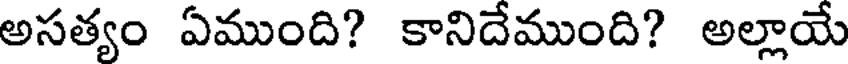
అసత్యం ఏముంది? కానిదేముంది? అల్లాయే